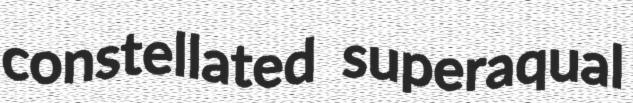
constellated superaqual